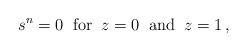
\begin{align*}s^n=0\;\; \hbox{for}\;\; z=0 \;\;\hbox{and}\;\; z=1\,,\end{align*}